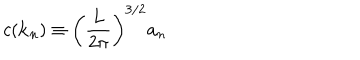
c ( { \bf k } _ { n } ) \equiv \left( \frac { L } { 2 \pi } \right) ^ { 3 / 2 } a _ { n }